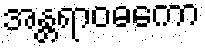
အန္တရာဝဓကော